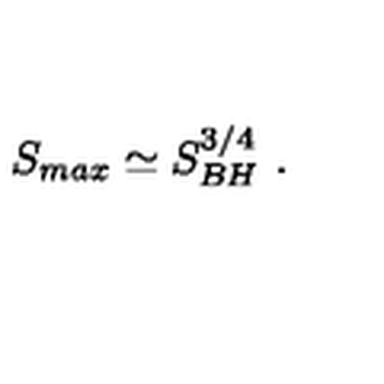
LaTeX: S _ { m a x } \simeq S _ { B H } ^ { 3 / 4 } \ .